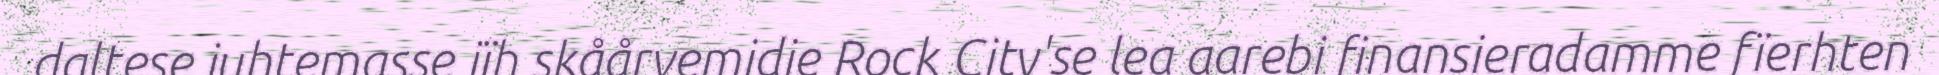
daltese juhtemasse jïh skåårvemidie Rock City'se lea aarebi finansieradamme fïerhten